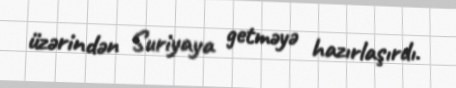
üzərindən Suriyaya getməyə hazırlaşırdı.